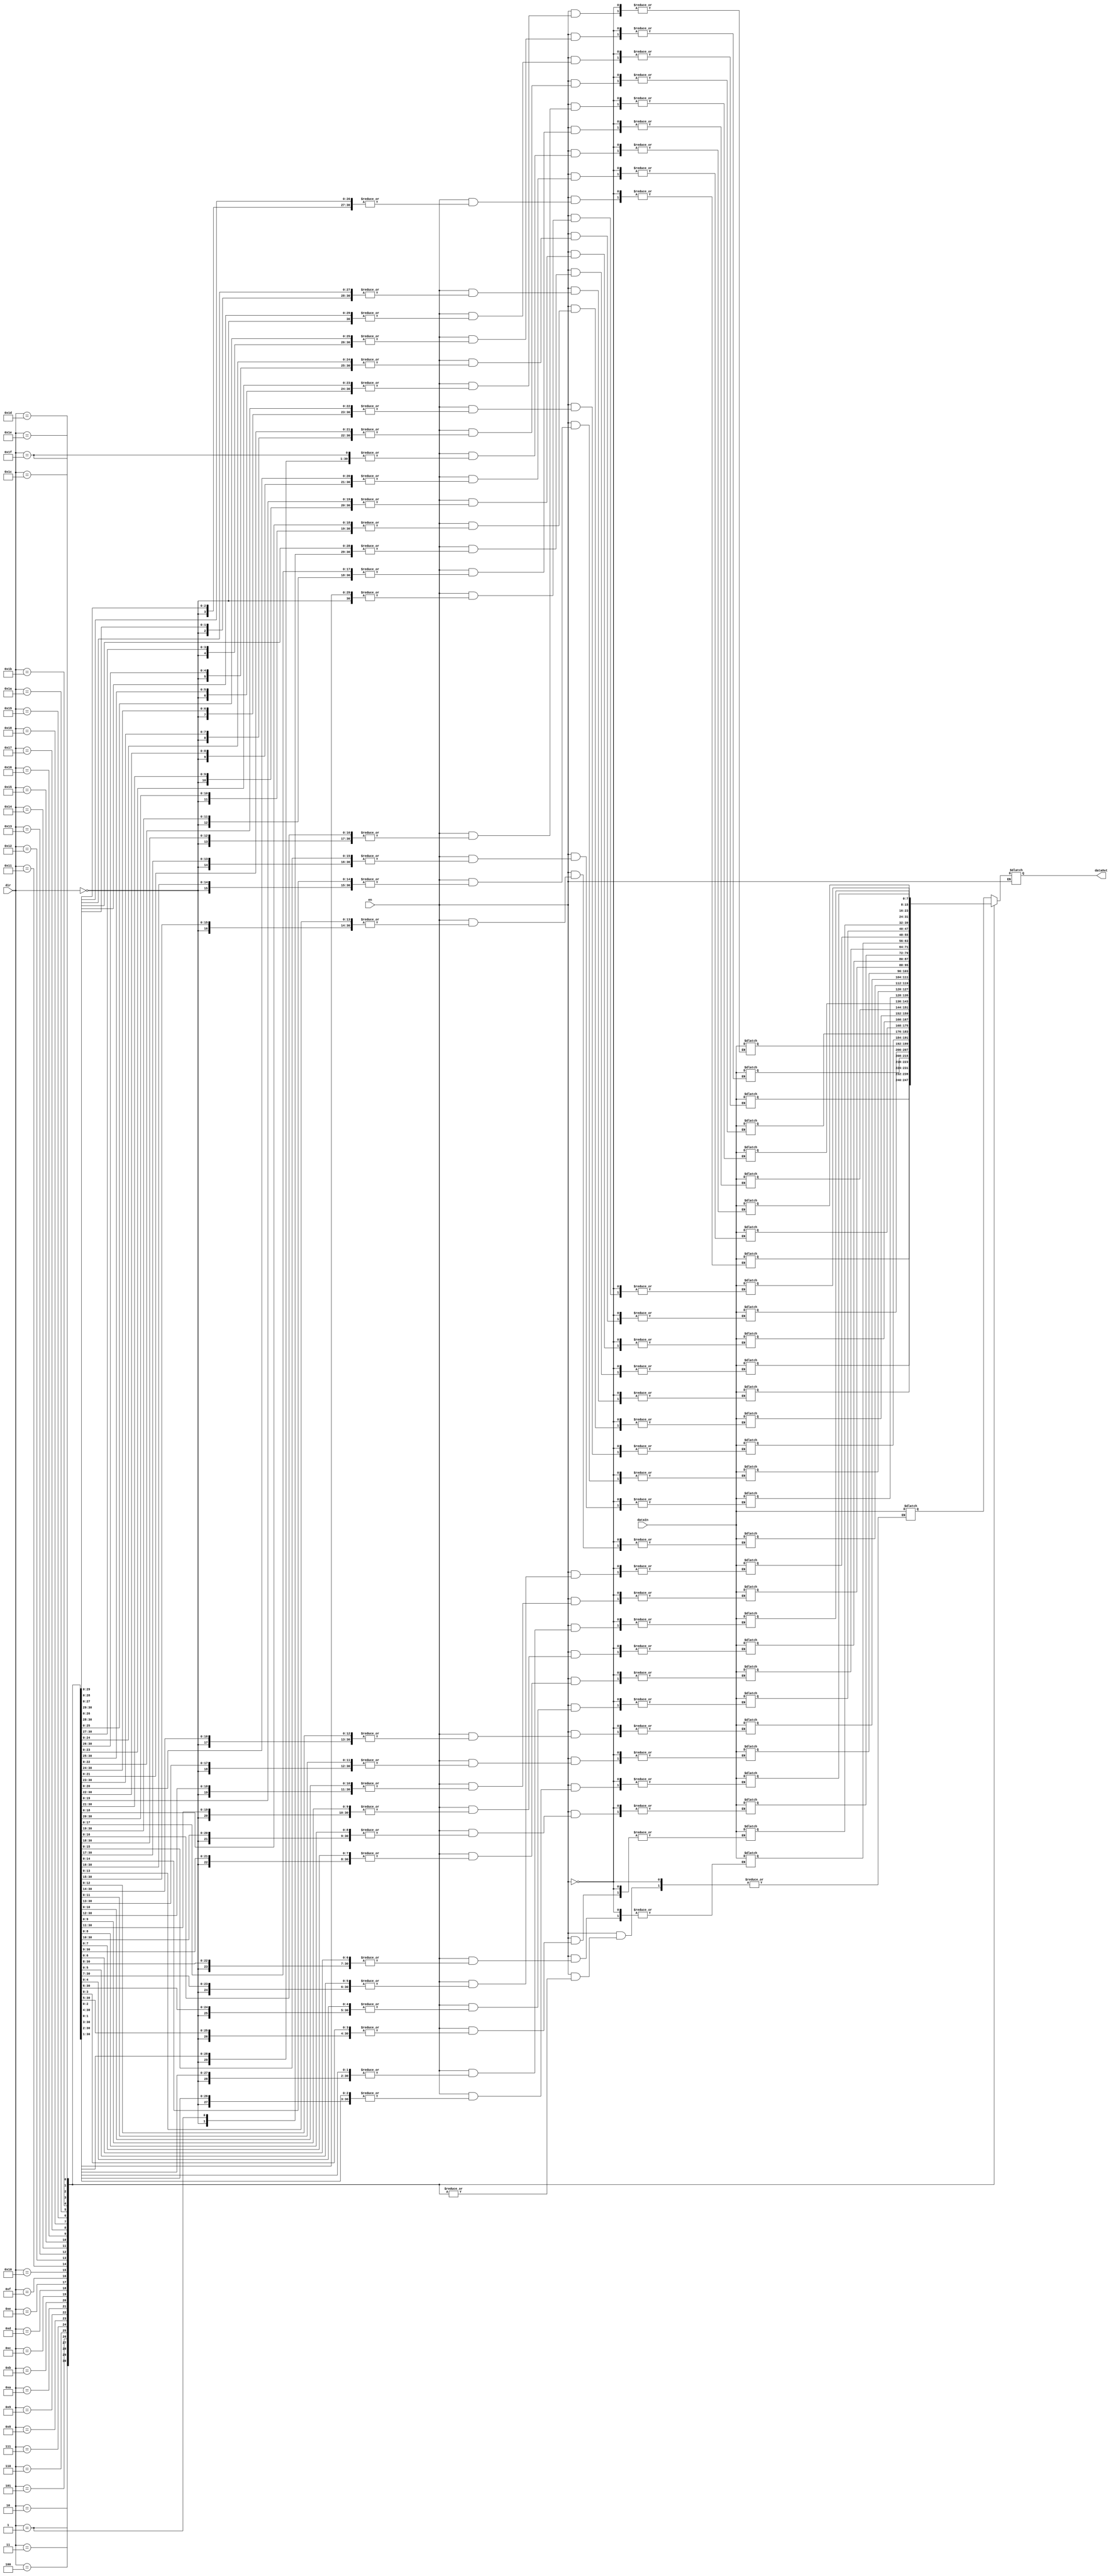
module memoriaAsin(
	input 
		en,
	input [4:0]dir,
	input [7:0]dataIn,
	output reg [7:0]dataOut
);
reg [7:0] data [0:31];
always @*
begin
	if(en)	//enable en 1 = write
	begin
		data[dir] = dataIn;
	end
	else	//enable en 0 = read
	begin
		dataOut = data[dir];
	end
end
endmodule